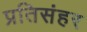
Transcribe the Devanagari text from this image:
प्रतिसंहर